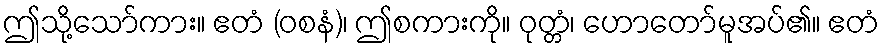
ဤသို့သော်ကား။ ဧတံ (ဝစနံ)၊ ဤစကားကို။ ဝုတ္တံ၊ ဟောတော်မူအပ်၏။ ဧတံ